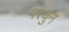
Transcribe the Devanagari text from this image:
परचुन